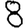
Digit: 8